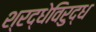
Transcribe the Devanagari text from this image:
श्रद्धेविरुद्ध